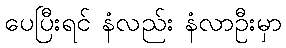
ပေပြီးရင် နံလည်း နံလာဦးမှာ